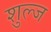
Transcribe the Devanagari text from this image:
शुल्ज